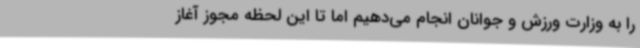
را به وزارت ورزش و جوانان انجام می‌دهیم اما تا این لحظه مجوز آغاز